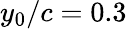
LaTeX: y_{0}/c=0.3